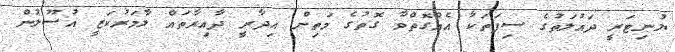
ޔުނިޓަރީ ދައުލަތުގެ ސިފަތަކާ އެއްގޮތްވާ ގޮތުގެ މަތިން އިދާރީ ދާއިރާތައް ލާމަރުކަޒީ އުސޫލުން